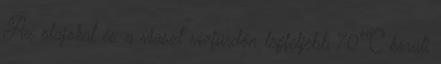
Az olajokat és a viaszt vízfürdőn legfeljebb 70°C körüli